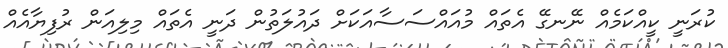
ކުރަނީ ކީއްކަމެއް ނޭނގޭ އެތައް މުއައްސަސާއަކަށް ދައުލަތުން ދަނީ އެތައް މިލިއަން ރުފިޔާއެއް